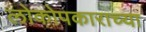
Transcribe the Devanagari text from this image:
लोकोपकाराच्या